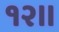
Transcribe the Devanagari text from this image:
१२॥